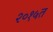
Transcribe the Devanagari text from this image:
२०१५त